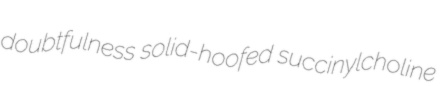
doubtfulness solid-hoofed succinylcholine